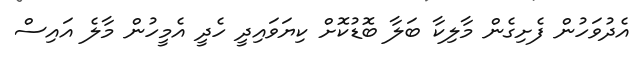
އެދުވަހުން ފެށިގެން މާލިކާ ބަލާ ބޮޑުކޮށް ކިޔަވައިދީ ހެދީ އެމީހުން މާލެ އައިސް